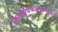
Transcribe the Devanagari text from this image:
जिल्हाधिकाऱ्यामार्फत